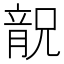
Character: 𱏬